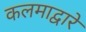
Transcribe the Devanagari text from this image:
कलमाद्वारे